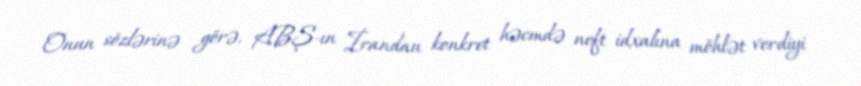
Onun sözlərinə görə, ABŞ-ın İrandan konkret həcmdə neft idxalına möhlət verdiyi